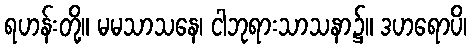
ရဟန်းတို့။ မမသာသနေ၊ ငါဘုရားသာသနာ၌။ ဒဟရောပိ၊